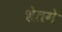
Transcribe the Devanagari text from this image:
शेतगे